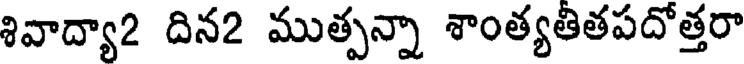
శివాద్యా2 దిన2 ముత్పన్నా శాంత్యతితపదోత్తరా